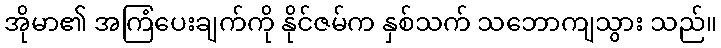
အိုမာ၏ အကြံပေးချက်ကို နိုင်ဇမ်က နှစ်သက် သဘောကျသွား သည်။